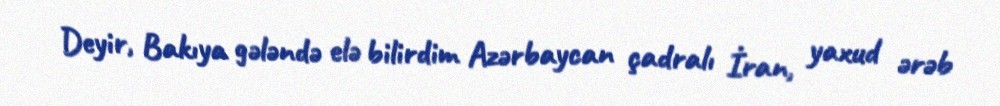
Deyir, Bakıya gələndə elə bilirdim Azərbaycan çadralı İran, yaxud ərəb